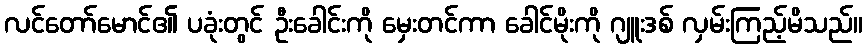
လင်တော်မောင်၏ ပခုံးတွင် ဦးခေါင်းကို မှေးတင်ကာ ခေါင်မိုးကို ဂျူးဒစ် လှမ်းကြည့်မိသည်။